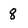
Character: 8